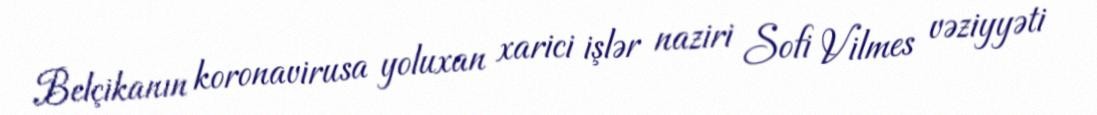
Belçikanın koronavirusa yoluxan xarici işlər naziri Sofi Vilmes vəziyyəti